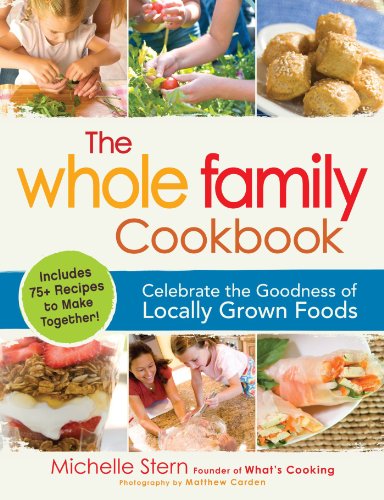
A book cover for The Whole Family Cookbook: Celebrate the goodness of locally grown foods; Michelle Stern; Cookbooks, Food & Wine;